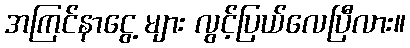
အကြင်နာငွေ့ များ လွင့်ပြယ်လေပြီလား။